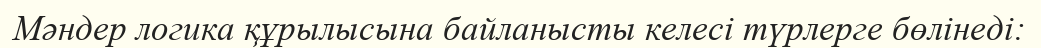
Мәндер логика құрылысына байланысты келесі түрлерге бөлінеді: